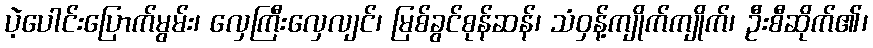
ပဲ့ပေါင်းပြောက်မွမ်း၊ လှေကြီးလှေလျင်၊ မြစ်ခွင်စုန်ဆန်၊ သံဝှန့်ကျိုက်ကျိုက်၊ ဦးစီဆိုက်၏၊